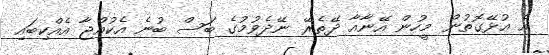
އެ އުޅޭގޮތުން މީހުން އޭނާއާ ދޭތެރޭ ނޭދެވުމުގެ ބަސް ބުނެ އެކުއްޖާ އެއްކިބައި